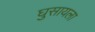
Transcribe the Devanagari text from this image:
घुसायला